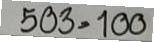
503 = 100